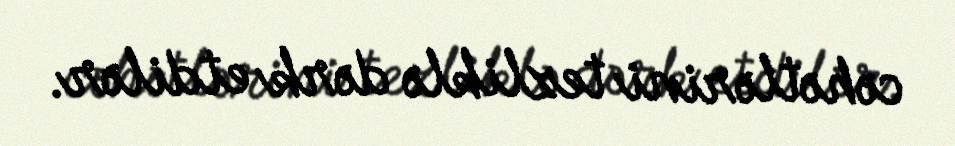
cəhətlərini tezliklə dərk etdilər.